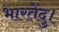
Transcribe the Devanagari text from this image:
भारतेंदु।